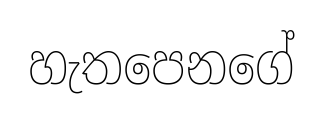
හැතපෙනගේ